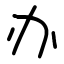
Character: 办